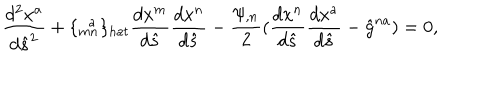
\frac { d ^ { 2 } x ^ { a } } { d \hat { s } ^ { 2 } } + \{ _ { m n } ^ { \; \; a } \} _ { h a t } \frac { d x ^ { m } } { d \hat { s } } \frac { d x ^ { n } } { d \hat { s } } - \frac { \psi _ { , n } } { 2 } ( \frac { d x ^ { n } } { d \hat { s } } \frac { d x ^ { a } } { d \hat { s } } - \hat { g } ^ { n a } ) = 0 ,